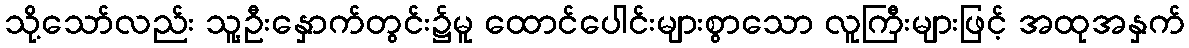
သို့သော်လည်း သူ့ဦးနှောက်တွင်း၌မူ ထောင်ပေါင်းများစွာသော လူကြီးများဖြင့် အထုအနှက်